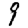
Digit: 9